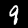
Label: 9